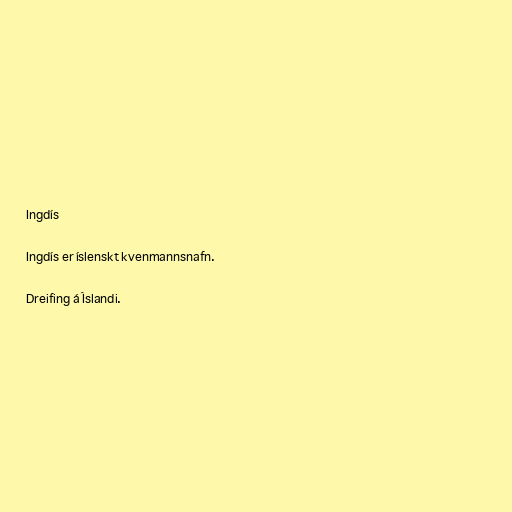
Ingdís

Ingdís er íslenskt kvenmannsnafn.

Dreifing á Íslandi.